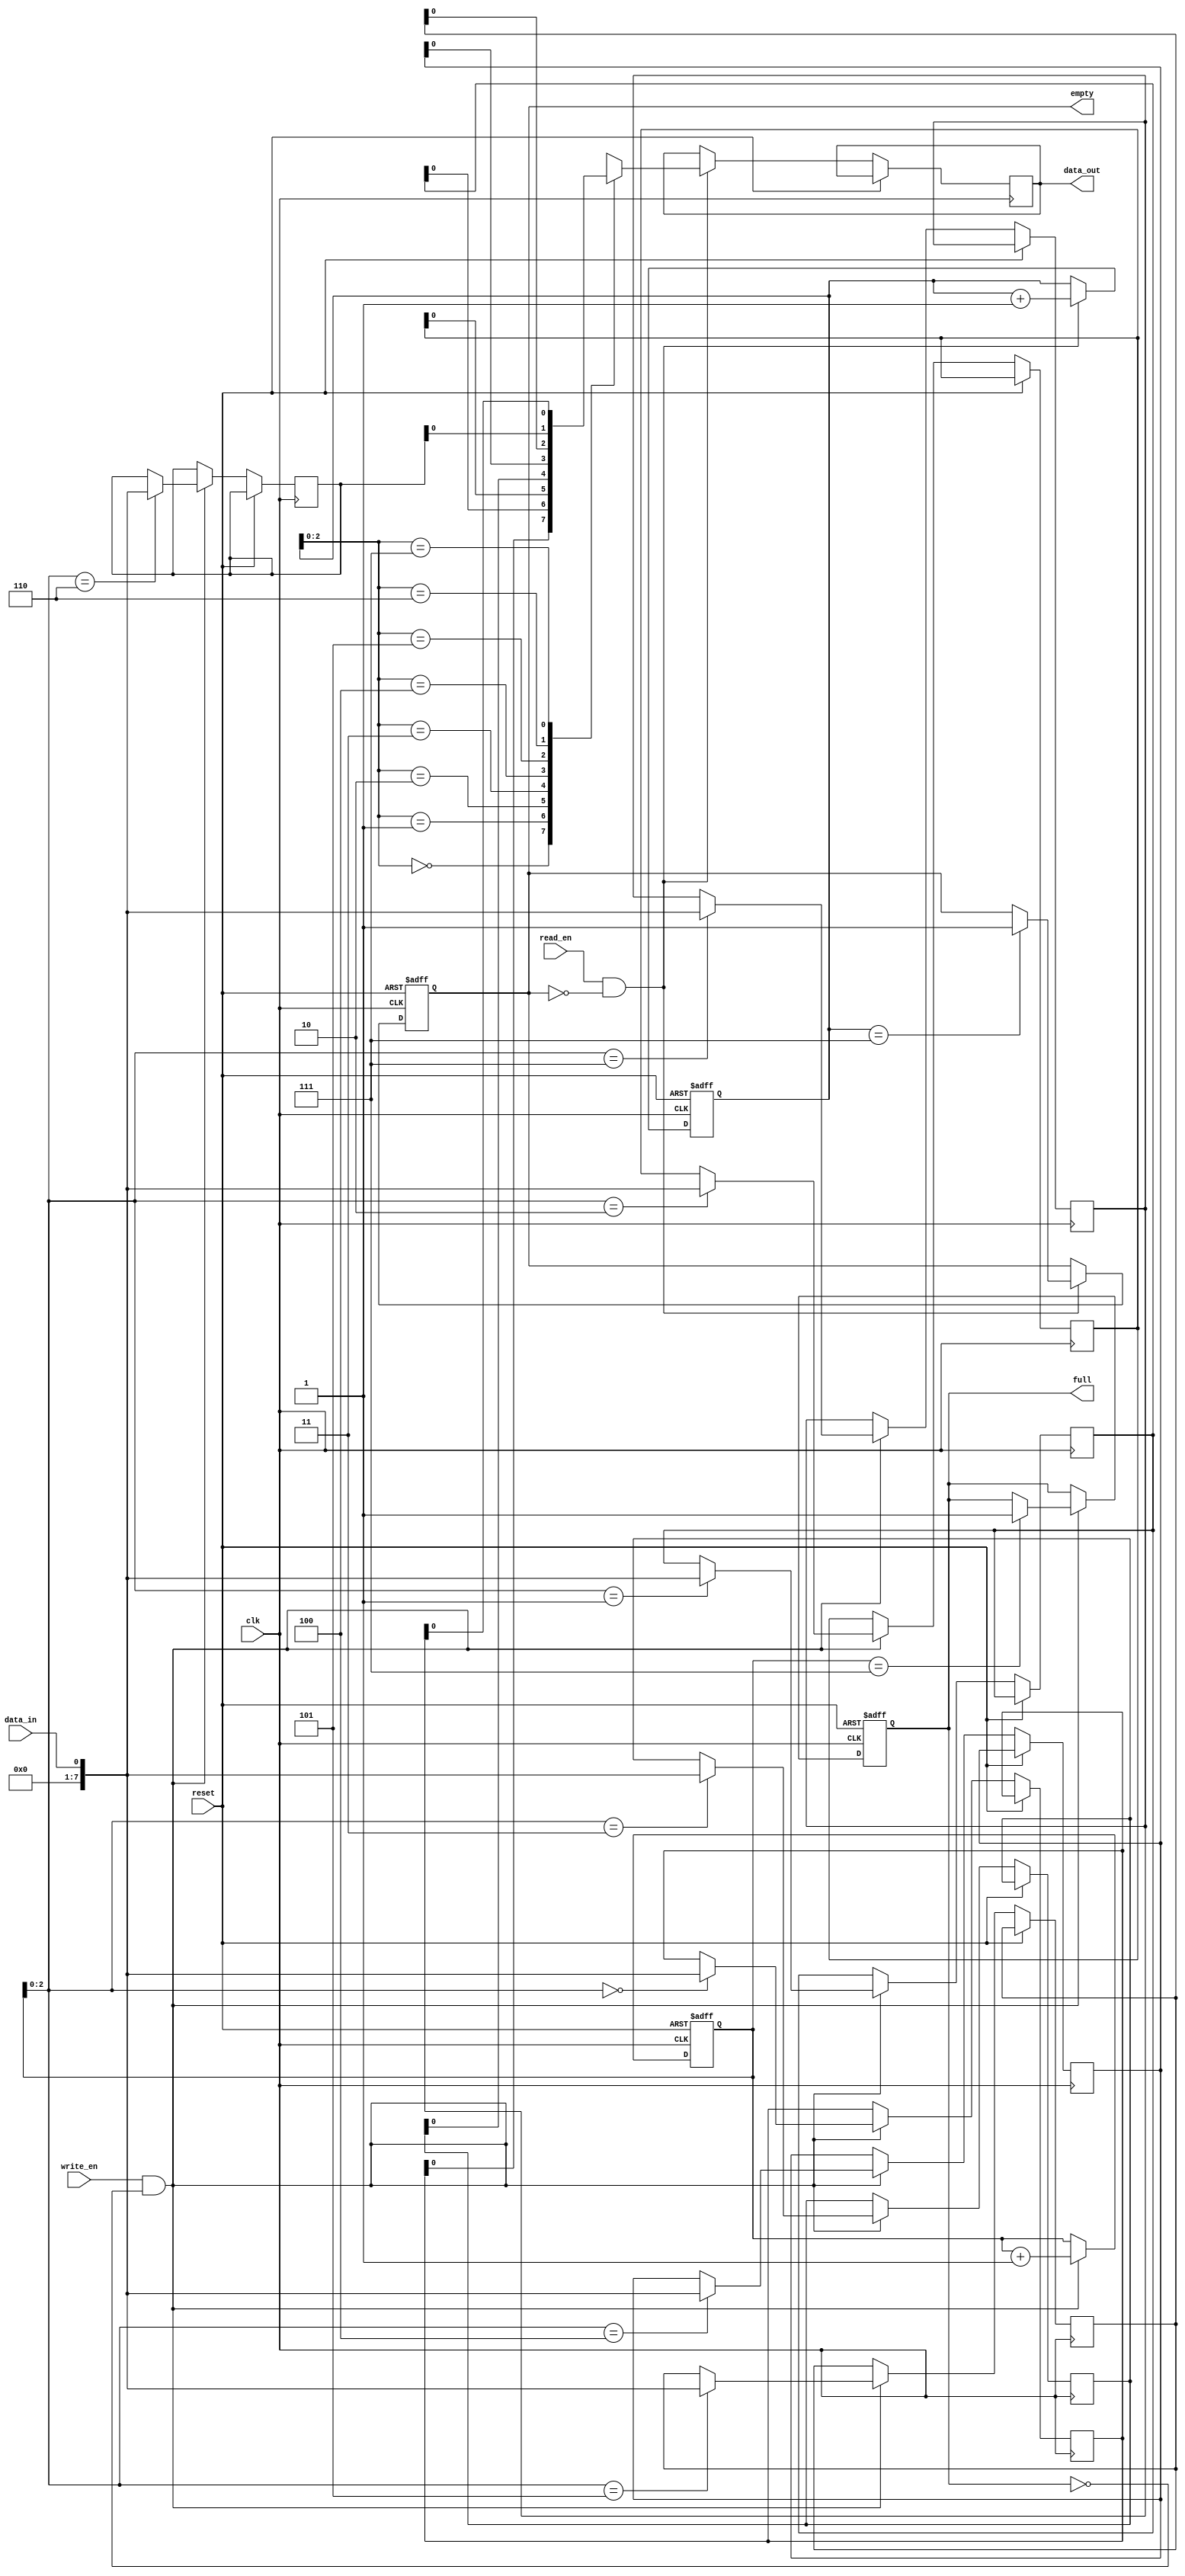
module Bidirectional_FIFO (
    input wire clk,
    input wire reset,
    input wire write_en,
    input wire read_en,
    input wire data_in,
    output reg data_out,
    output reg full,
    output reg empty
);

parameter DEPTH = 8;
reg [7:0] fifo [0:DEPTH-1];
reg [3:0] write_ptr;
reg [3:0] read_ptr;

always @ (posedge clk or posedge reset) begin
    if (reset) begin
        write_ptr <= 0;
        read_ptr <= 0;
        full <= 0;
        empty <= 1;
    end else begin
        if (write_en && !full) begin
            fifo[write_ptr] <= data_in;
            write_ptr <= write_ptr + 1;
            if (write_ptr == DEPTH-1)
                full <= 1;
        end
        if (read_en && !empty) begin
            data_out <= fifo[read_ptr];
            read_ptr <= read_ptr + 1;
            if (read_ptr == DEPTH-1)
                empty <= 1;
        end
        if (write_en && full)
            $display("FIFO full, data overflow");
        if (read_en && empty)
            $display("FIFO empty, data underflow");
    end
end

endmodule